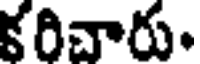
కరిచారు.